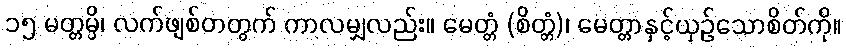
၁၅ မတ္တမ္ပိ၊ လက်ဖျစ်တတွက် ကာလမျှလည်း။ မေတ္တံ (စိတ္တံ)၊ မေတ္တာနှင့်ယှဉ်သောစိတ်ကို။